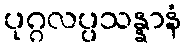
ပုဂ္ဂလပ္ပသန္နာနံ